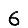
Digit: 6